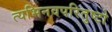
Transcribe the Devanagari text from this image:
त्यभिनवपरितुष्टो